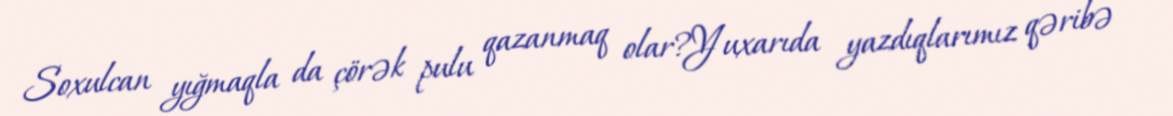
Soxulcan yığmaqla da çörək pulu qazanmaq olar?Yuxarıda yazdıqlarımız qəribə